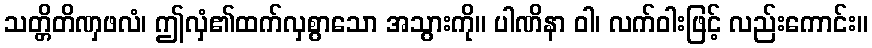
သတ္တိတိဏှဖလံ၊ ဤလှံ၏ထက်လှစွာသော အသွားကို။ ပါဏိနာ ဝါ၊ လက်ဝါးဖြင့် လည်းကောင်း။